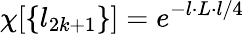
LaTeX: \chi[\{ l_{2k+1}\} ]=e^{-l\cdot L\cdot l/4}